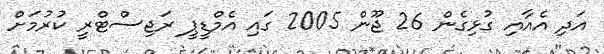
އަދި އެއާއި ގުޅިގެން 26 ޖޫން 2005 ގައި އެމްޑީޕީ ރަޖިސްޓްރީ ކުރުމަށް